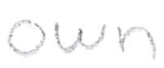
Text: own
Cross-out: clean
Writing tool: pencil